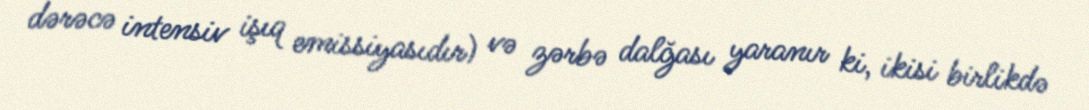
dərəcə intensiv işıq emissiyasıdır) və zərbə dalğası yaranır ki, ikisi birlikdə